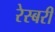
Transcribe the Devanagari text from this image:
रेस्बरी